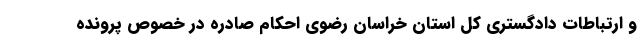
و ارتباطات دادگستری کل استان خراسان رضوی احکام صادره در خصوص پرونده